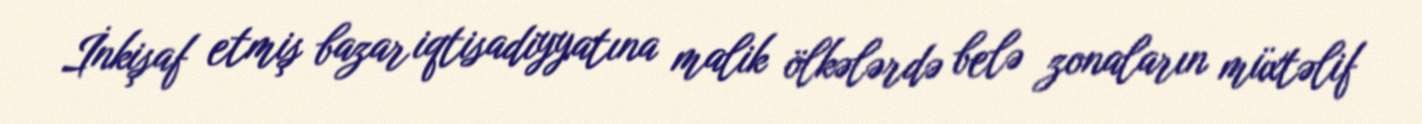
İnkişaf etmiş bazar iqtisadiyyatına malik ölkələrdə belə zonaların müxtəlif